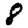
Digit: 8